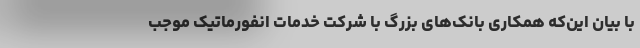
با بیان این‌که همکاری بانک‌های بزرگ با شرکت خدمات انفورماتیک موجب